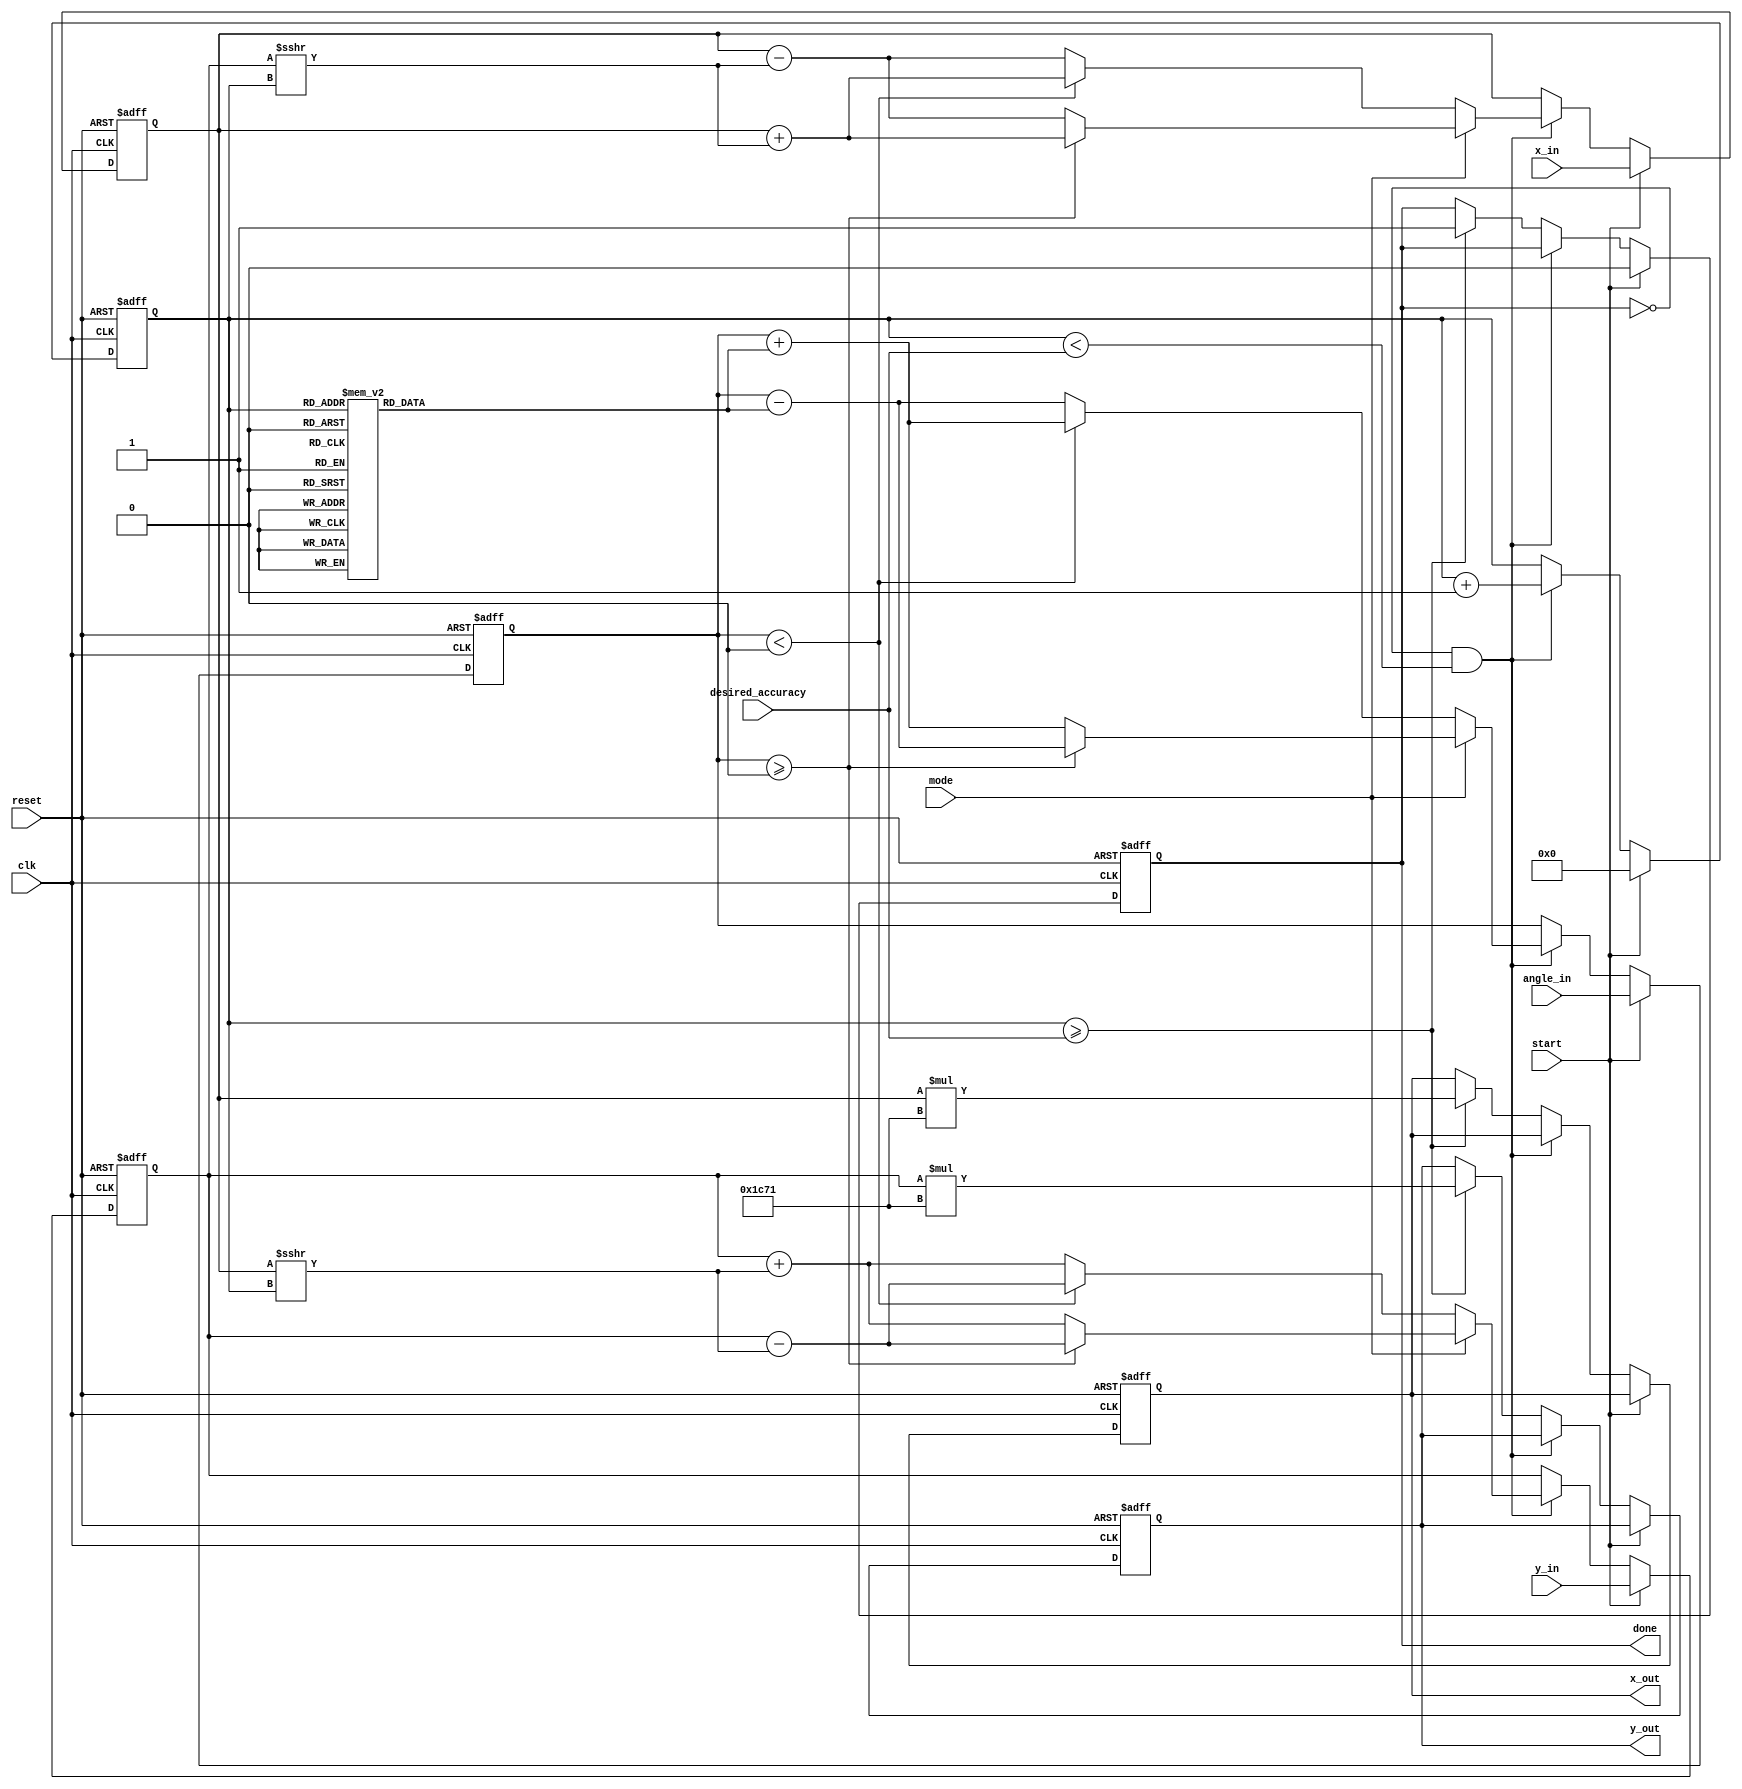
module adaptive_cordic
#(
    parameter WIDTH = 16,            // Bit-width for fixed-point representation
    parameter MAX_ITERATIONS = 16    // Maximum number of iterations
)
(
    input wire clk,
    input wire reset,
    input wire start,
    input wire [WIDTH-1:0] x_in,     // Input x value (magnitude)
    input wire [WIDTH-1:0] y_in,     // Input y value (magnitude)
    input wire [WIDTH-1:0] angle_in,  // Input angle (in radians)
    input wire mode,                 // 0 for rotation, 1 for vectoring
    input wire [3:0] desired_accuracy, // Desired accuracy (1-16 iterations)
    output reg [WIDTH-1:0] x_out,    // Output x value
    output reg [WIDTH-1:0] y_out,    // Output y value
    output reg done                   // Done signal
);

    reg [WIDTH-1:0] x, y, angle;      // Internal registers for computation
    reg [3:0] iteration;               // Current iteration count
    reg [WIDTH-1:0] arctan_table [0:MAX_ITERATIONS-1]; // Pre-calculated arctangent values
    reg [WIDTH-1:0] scaling_factor;    // Scaling factor for precision

    // Initialize the arctangent table and scaling factors
    initial begin
        arctan_table[0] = 16'h2000;  // atan(1) = /4 in Q15 format
        arctan_table[1] = 16'h1333;  // atan(0.5) in Q15 format
        arctan_table[2] = 16'h0A3D;  // atan(0.25) in Q15 format
        // ... Fill in the rest of the values
        scaling_factor = 16'h1C71;   // Scaling factor (K) for CORDIC
    end

    // State machine for processing
    always @(posedge clk or posedge reset) begin
        if (reset) begin
            iteration <= 0;
            x <= 0;
            y <= 0;
            angle <= 0;
            done <= 0;
            x_out <= 0;
            y_out <= 0;
        end else if (start) begin
            x <= x_in;
            y <= y_in;
            angle <= angle_in;
            iteration <= 0;
            done <= 0;
        end else if (!done && iteration < desired_accuracy) begin
            if (mode == 0) begin // Rotation mode
                if (angle < 0) begin
                    x <= x + (y >>> iteration);
                    y <= y - (x >>> iteration);
                    angle <= angle + arctan_table[iteration];
                end else begin
                    x <= x - (y >>> iteration);
                    y <= y + (x >>> iteration);
                    angle <= angle - arctan_table[iteration];
                end
            end else begin // Vectoring mode
                if (angle >= 0) begin
                    x <= x + (y >>> iteration);
                    y <= y - (x >>> iteration);
                    angle <= angle - arctan_table[iteration];
                end else begin
                    x <= x - (y >>> iteration);
                    y <= y + (x >>> iteration);
                    angle <= angle + arctan_table[iteration];
                end
            end

            iteration <= iteration + 1;
        end else if (iteration >= desired_accuracy) begin
            done <= 1;
            x_out <= x * scaling_factor; // Adjust for scaling
            y_out <= y * scaling_factor; // Adjust for scaling
        end
    end

endmodule